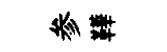
参鞾